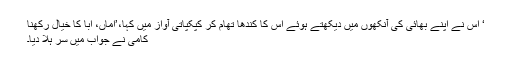
‘ اس نے اپنے بھائی کی آنکھوں میں دیکھتے ہوئے اس کا کندھا تھام کر کپکپاتی آواز میں کہا،’امّاں، ابّا کا خیال رکھنا
کامی نے جواب میں سر ہلا دیا۔